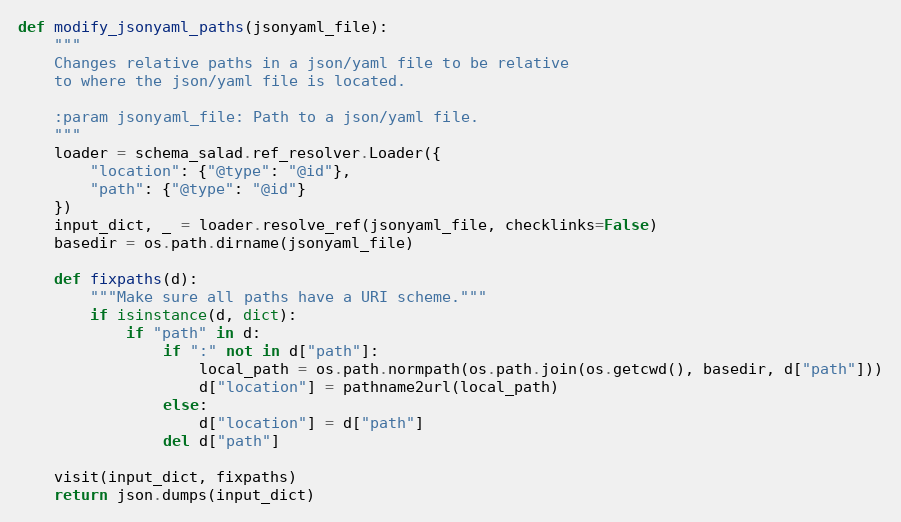
Language: Python
def modify_jsonyaml_paths(jsonyaml_file):
    """
    Changes relative paths in a json/yaml file to be relative
    to where the json/yaml file is located.

    :param jsonyaml_file: Path to a json/yaml file.
    """
    loader = schema_salad.ref_resolver.Loader({
        "location": {"@type": "@id"},
        "path": {"@type": "@id"}
    })
    input_dict, _ = loader.resolve_ref(jsonyaml_file, checklinks=False)
    basedir = os.path.dirname(jsonyaml_file)

    def fixpaths(d):
        """Make sure all paths have a URI scheme."""
        if isinstance(d, dict):
            if "path" in d:
                if ":" not in d["path"]:
                    local_path = os.path.normpath(os.path.join(os.getcwd(), basedir, d["path"]))
                    d["location"] = pathname2url(local_path)
                else:
                    d["location"] = d["path"]
                del d["path"]

    visit(input_dict, fixpaths)
    return json.dumps(input_dict)